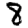
Digit: 8